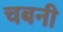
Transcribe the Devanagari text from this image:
चबनी